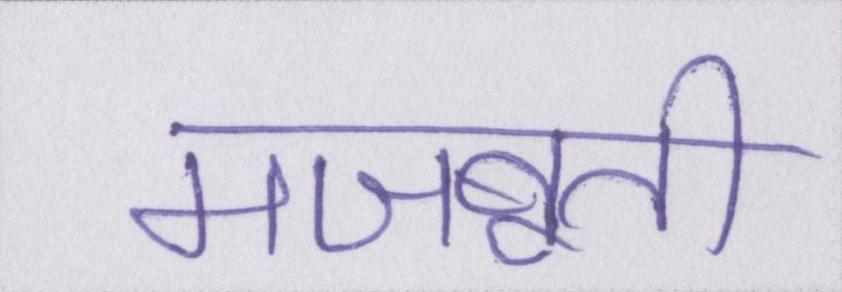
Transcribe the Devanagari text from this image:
मजबूती